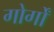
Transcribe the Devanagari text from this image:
गोर्गों